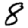
Digit: 8